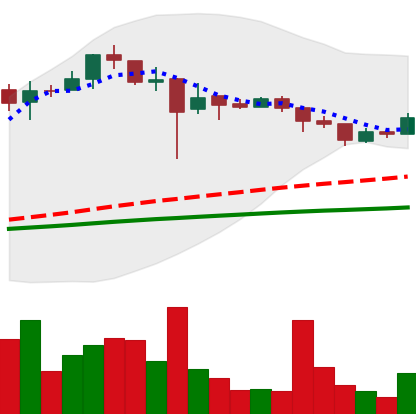
Ticker: LTC-USD
Chart end date: 2018-01-02
Forward return: 12.815%
Label: up_7plus